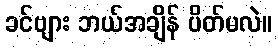
ခင်ဗျား ဘယ်အချိန် ပိတ်မလဲ။